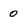
Character: 0